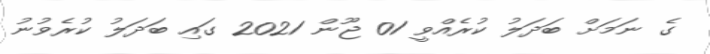
ގެ ނަމަށް ބަދަލު ކުރެއްވީ 01 ޖޫން 2021 ގައި ބަދަލު ކުރެވުނު